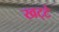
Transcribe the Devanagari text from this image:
खट्‌टे